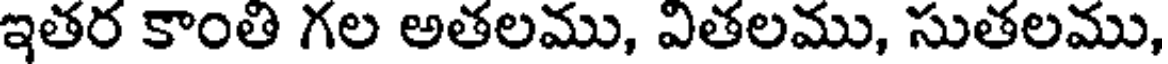
ఇతర కాంతి గల అతలము, వితలము, సుతలము,